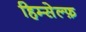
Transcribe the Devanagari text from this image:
हिम्सेल्फ़